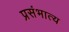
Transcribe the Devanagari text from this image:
प्रसंभात्य